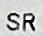
SR